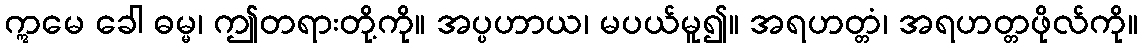
ဣမေ ခေါ ဓမ္မ၊ ဤတရားတို့ကို။ အပ္ပဟာယ၊ မပယ်မူ၍။ အရဟတ္တံ၊ အရဟတ္တဖိုလ်ကို။